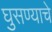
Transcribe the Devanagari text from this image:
घुसण्याचे